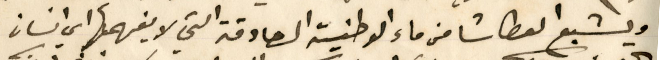
ويشبع العطاشا من ماء الوطنية الصادقة التي لا يفهمها اي انسان